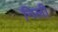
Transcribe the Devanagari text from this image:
निली